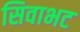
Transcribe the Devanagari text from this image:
सिवाभट